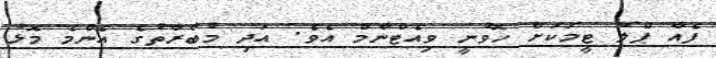
ފެއާ ޕްލޭ ޓީމަކަށް ހޮވުނީ ވިއެޓްނާމް އެވެ. އަދި މުބާރާތުގެ އެންމެ މޮޅު